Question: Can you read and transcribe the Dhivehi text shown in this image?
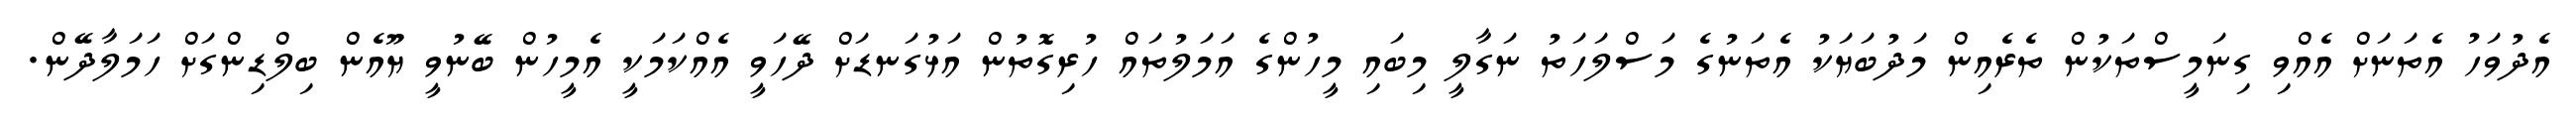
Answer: އެދުވަހު އެތަނަށް އެއްވި ގިނަމީސްތަކުން ތެރެއިން މަދުބަޔަކު އެތަނުގެ މަސްލަހަތު ނަގާލީ މިބައި މީހުންގެ އަމަލުތައް ހުރިގޮތުން އަޅުގަނޑަށް ދޭހަވީ އެއްކަމަކީ އެމީހުން ބޭނުވީ ޔޫއެން ބިލްޑިންގަށް ހަމަލާދޭން.